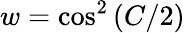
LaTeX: w=\cos^{2}\left(C/2\right)